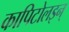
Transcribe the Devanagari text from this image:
कापिटोलइन्